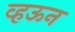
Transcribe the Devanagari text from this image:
व्हऊन